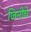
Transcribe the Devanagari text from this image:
जिनीचे